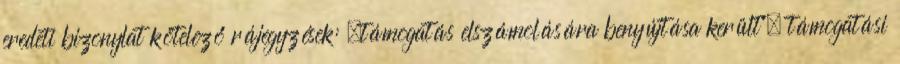
eredeti bizonylat kötelező rájegyzések: „támogatás elszámolására benyújtása került”, támogatási